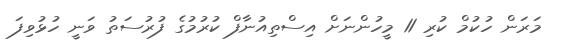
މަރަން ހުކުމް ކުރި 11 މީހުންނަށް އިސްތިއުނާފް ކުރުމުގެ ފުރުސަތު ވަނީ ހުޅުވިފަ